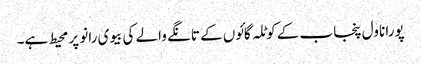
پورا ناول پنجاب کے کوٹلہ گائوں کے تانگے والے کی بیوی رانو پر محیط ہے۔